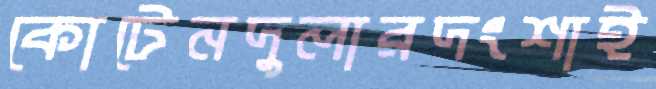
কোটেনদুলারদংশাই